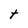
Character: t